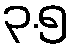
၃.၅